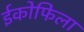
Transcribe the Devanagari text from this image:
ईकोफिला